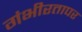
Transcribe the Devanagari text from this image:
गंभीरतापर